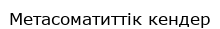
Метасоматиттік кендер